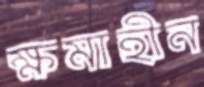
ক্ষমাহীন